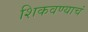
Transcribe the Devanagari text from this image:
शिकवण्याचं